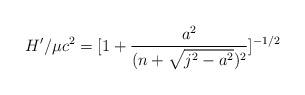
LaTeX: \begin{align*}H'/\mu c^2=[1 + {a^2 \over (n +\sqrt{j^2-a^2})^2}]^{{-1/2}}\end{align*}